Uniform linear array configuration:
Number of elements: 64
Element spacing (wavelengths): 0.75
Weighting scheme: hamming
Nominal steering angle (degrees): -60
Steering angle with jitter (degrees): -59.796
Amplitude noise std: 0.05
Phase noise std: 0.05

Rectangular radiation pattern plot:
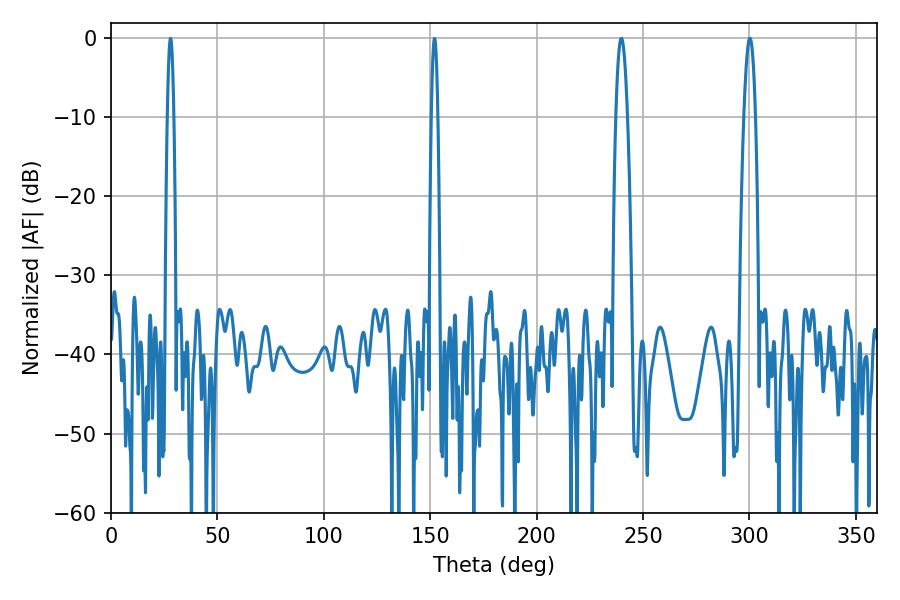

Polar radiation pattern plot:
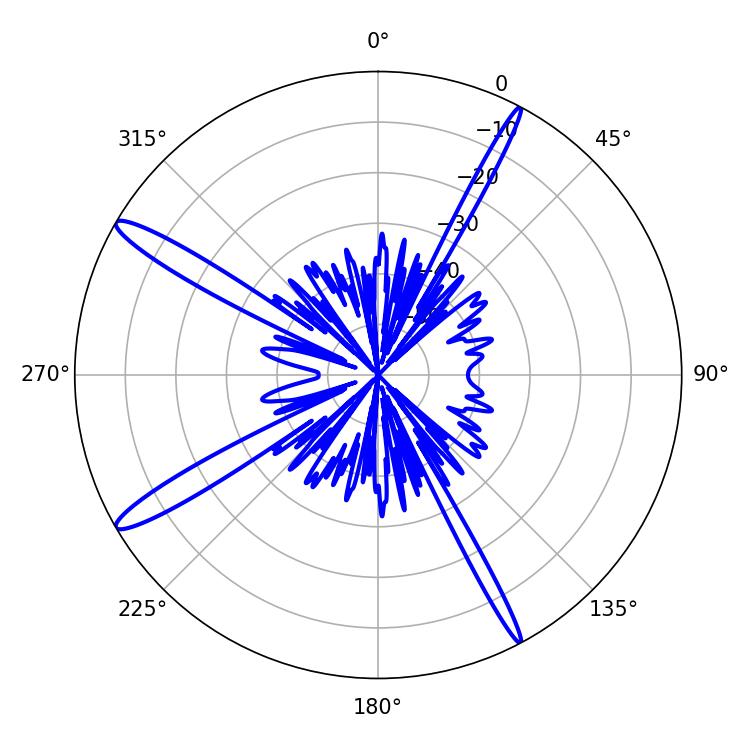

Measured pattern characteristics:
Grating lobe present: TRUE
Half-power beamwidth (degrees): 3.06
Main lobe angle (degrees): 300.24